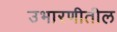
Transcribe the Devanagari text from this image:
उभारणीतील